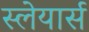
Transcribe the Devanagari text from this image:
स्लेयार्स